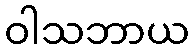
ဝါသဘာယ